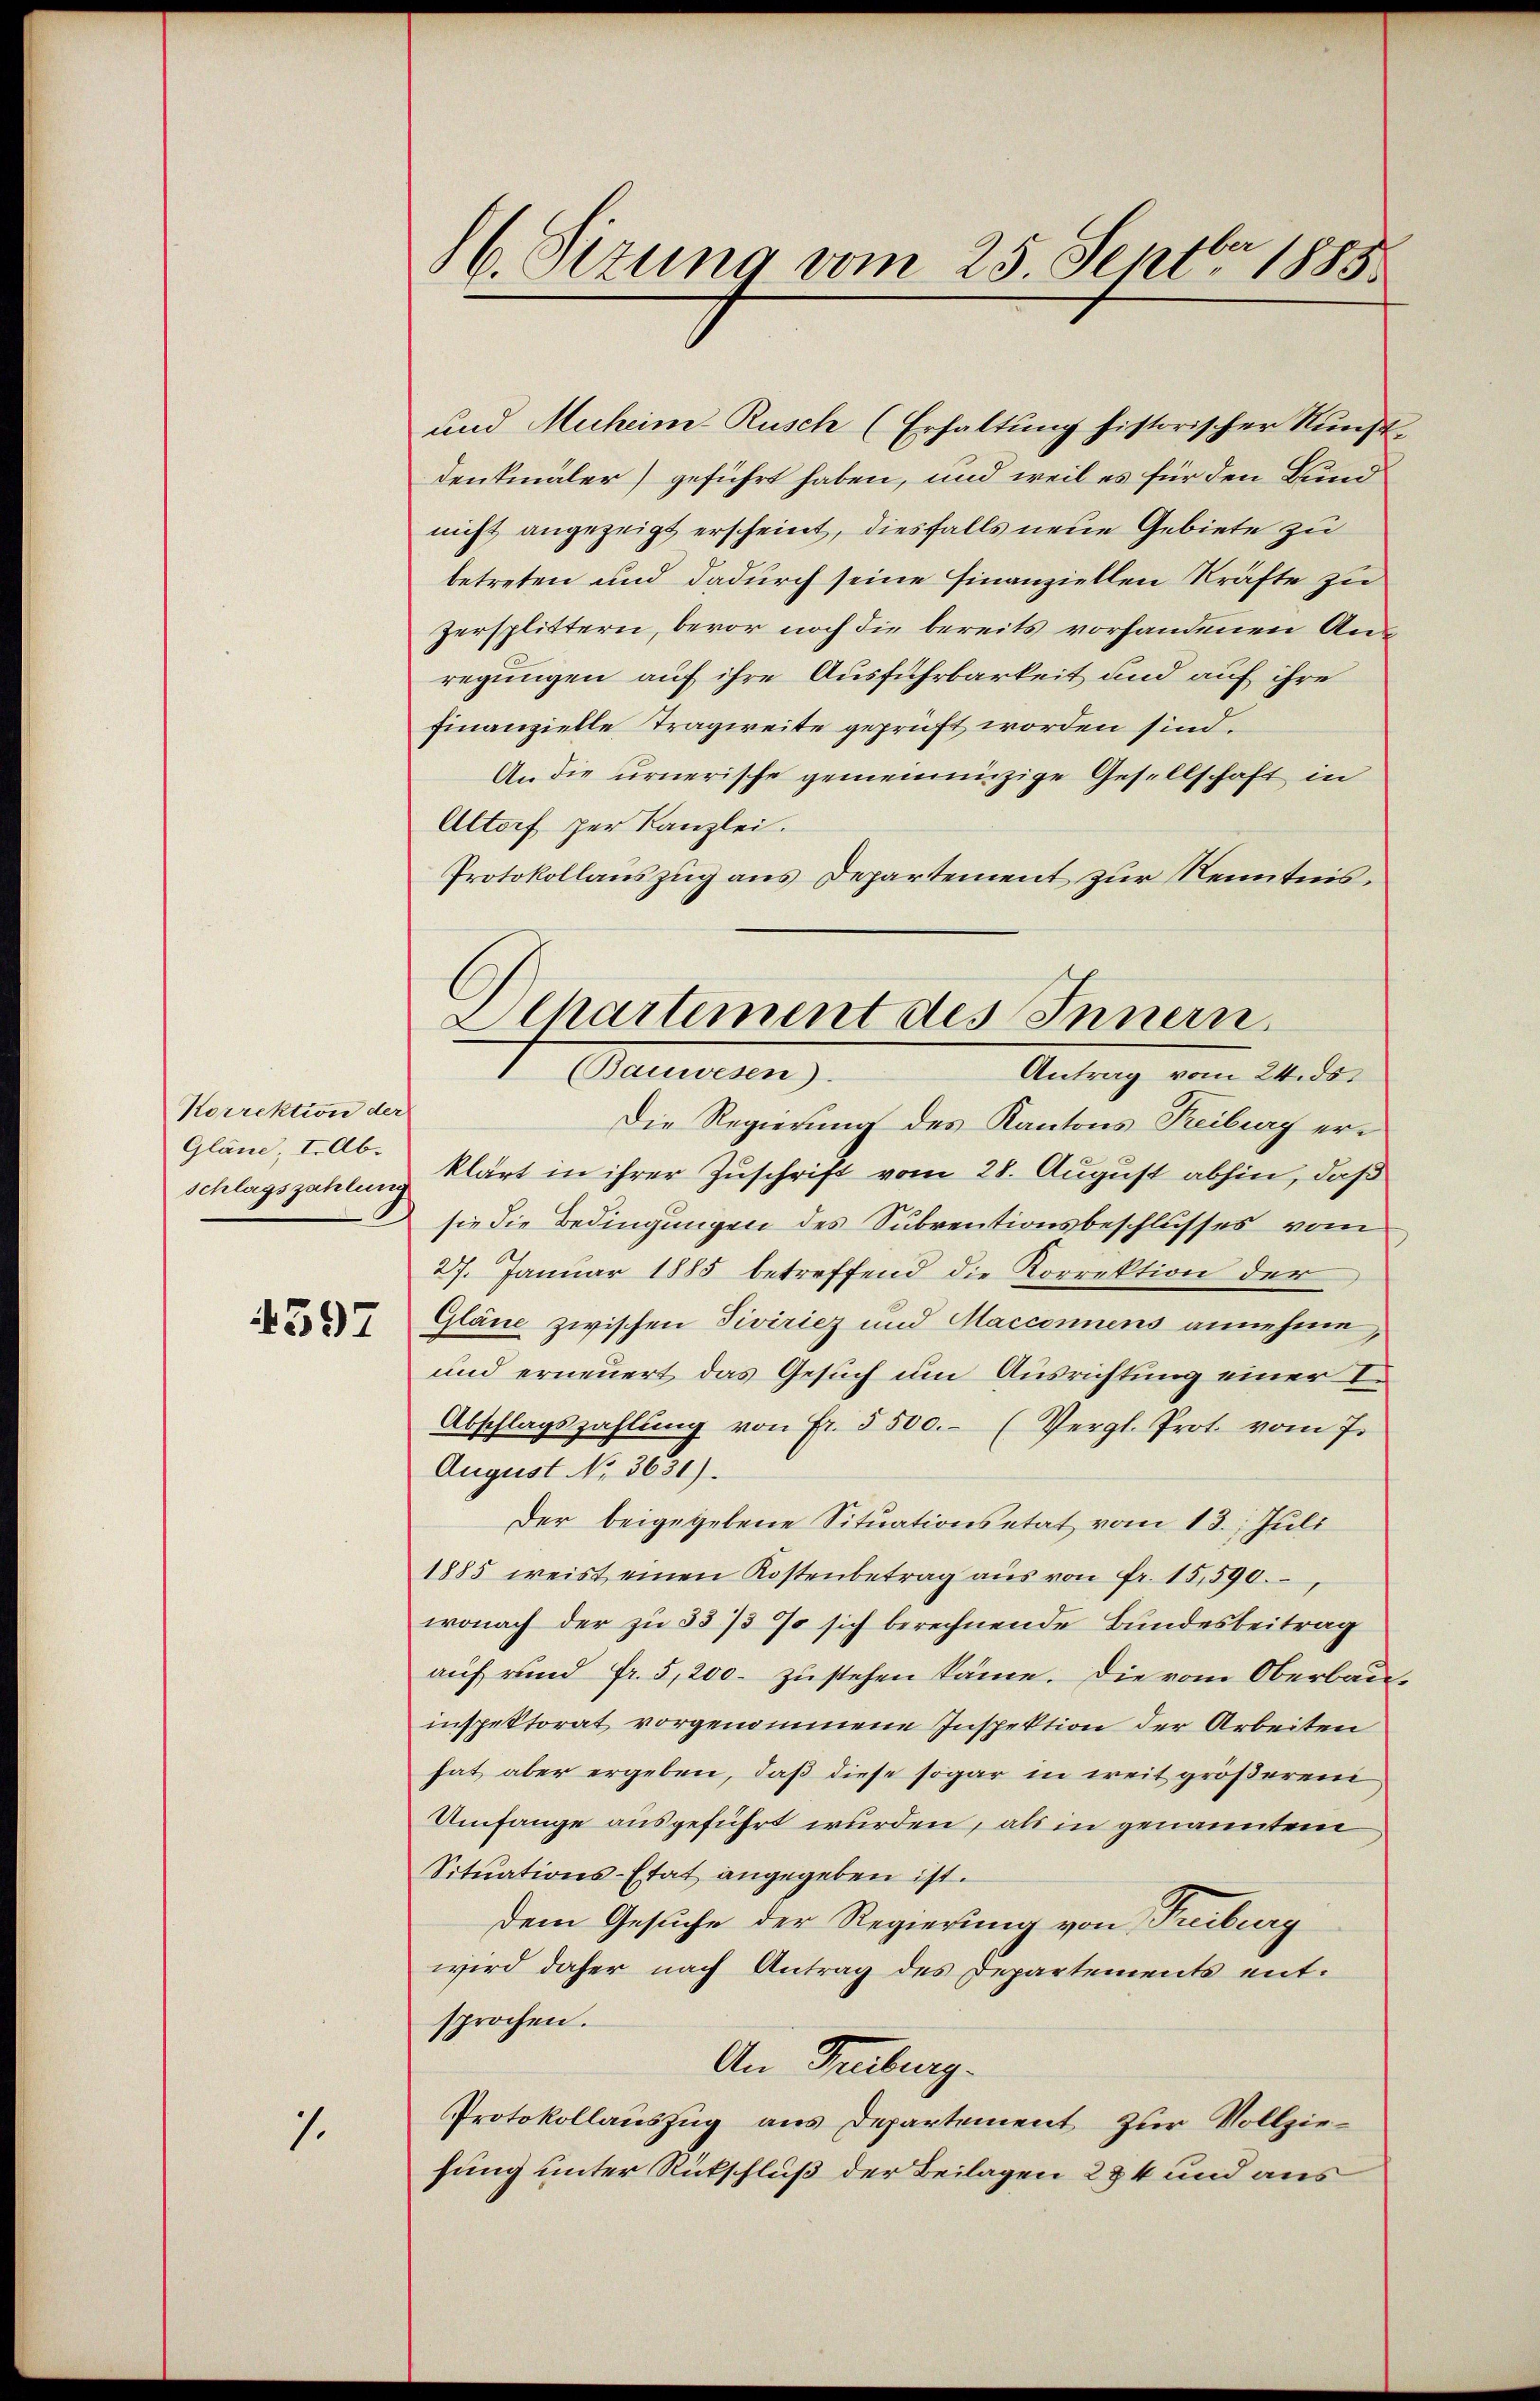
Korrektion der
Gläne, I. Ab.
schlagszahlung

4397

7.

86. Sizung vom 25. Septbr 1885

und Muheim-Rusch (Erhaltŭng historischer Kunst-
denkmäler) geführt haben, und weil es für den Bund
nicht angezeigt erscheint, diesfalls neue Gebiete zu
betreten und dadurch seine Finanziellen Kräfte zu
Zersplittern, bevor noch die bereits vorhandenen Anregungen auf ihre Ausführbarkeit und auf ihre
finanzielle Tragweite geprüft worden sind.
An die urnerische gemeinnüzige Gesellschaft in
Altorf per Kanzlei.
Protokollauszug aus Departement zur Kenntnis.
Die Regierung des Kantons Freiburg erklärt in ihrer Zuschrift vom 28. August abhin, daß
sie die Bedingungen des Subventionsbeschlusses vom
27. Januar 1885 betreffend die Korrektion der
Gläne zwischen Siviricz und Macconnens annehme,
und erneuert das Gesuch um Ausrichtung einer I.
Abschlagszahlŭng von Fr. 5500.- (Vergl. Prot. vom 7.
August No 3631).
Der beigegebene Situationsetat vom 13. Juli
1885 weist einen Kostenbetrag aŭs von Fr. 15,590.
wonach der zu 53 /3 7 sich berechnende Bundesbeitrag
auf rund Fr. 5,200. zustehen käme. Die vom Oberbauinspektorat vorgenommene Inspektion der Arbeiten
hat aber ergeben, daß diese sogar in weit größerem
Umfange ausgeführt wurden, als in genannten
Situations-Etat angegeben ist.
dem Gesuche der Regierung von Freiburg
wird daher nach Antrag des Departements ent-
sprochen.
An Trüberg.
Protokollauszug aus Departement zur Vollziefung unter Rückschluß der Beilagen 284 und aus

Alhartement des Innern
(Bauwesen).
Antrag vom 24. ds.